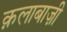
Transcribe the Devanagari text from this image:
क़लाबाज़ी